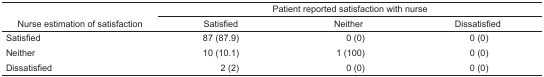
<table><thead><tr><td></td><td colspan="3"><b>Patient reported satisfaction with nurse</b></td></tr><tr><td><b>Nurse estimation of satisfaction</b></td><td><b>Satisfied</b></td><td><b>Neither</b></td><td><b>Dissatisfied</b></td></tr></thead><tbody><tr><td>Satisfied</td><td>87 (87.9)</td><td>0 (0)</td><td>0 (0)</td></tr><tr><td>Neither</td><td>10 (10.1)</td><td>1 (100)</td><td>0 (0)</td></tr><tr><td>Dissatisfied</td><td>2 (2)</td><td>0 (0)</td><td>0 (0)</td></tr></tbody></table>